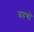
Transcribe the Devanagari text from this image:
ग्रहणो